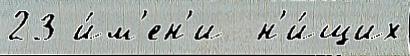
23 и́м'ен'и  н'и́щих